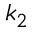
k _ { 2 }